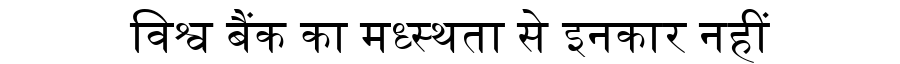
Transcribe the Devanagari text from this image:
विश्व बैंक का मध्स्थता से इनकार नहीं